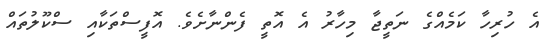
އެ ހުރިހާ ކަމެއްގެ ނަތީޖާ މިހާރު އެ އޮތީ ފެންނާށެވެ. އޮފީސްތަކާއި ސްކޫލުތައް